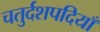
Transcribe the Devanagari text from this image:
चतुर्दशपदियाँ